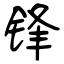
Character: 锋